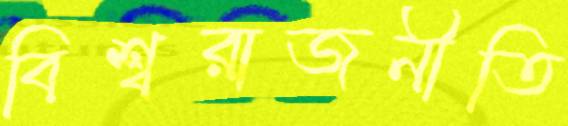
বিশ্বরাজনীতি